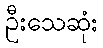
ဦးသေဆုံး